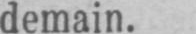
demain.